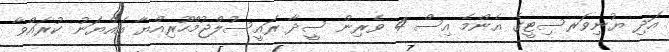
އަދި ޔުނިވަރސިޓީގެ އެންމެ އިސް 4 ވެރިން ސީދާ ރައީސުލްޖުމްހޫރިއްޔާ އައްޔަނު ކުރައްވާ